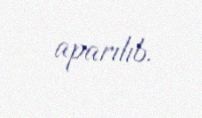
aparılıb.